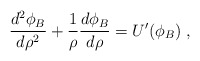
\begin{align*}\frac{d^2\phi_B}{d\rho^2}+ \frac{1}{\rho} \frac{d\phi_B}{d\rho}=U'(\phi_B)\; ,\end{align*}